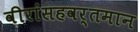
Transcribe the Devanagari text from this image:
वीरांसहवर्तमान